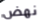
نهض